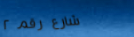
شارع رقم ٢